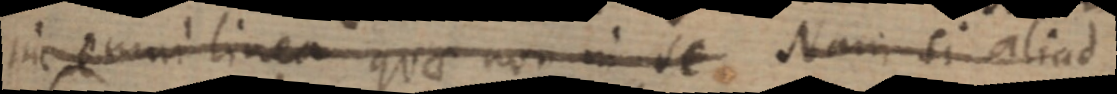
inc omni linea quae non in se Nam si aliud